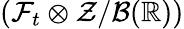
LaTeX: (\mathcal{F}_{t}\otimes\mathcal{Z}/\mathcal{B}(\mathbb{R}))